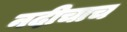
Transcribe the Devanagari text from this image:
नदीचाच